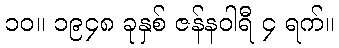
၁၀။ ၁၉၄၈ ခုနှစ် ဇန်နဝါရီ ၄ ရက်။